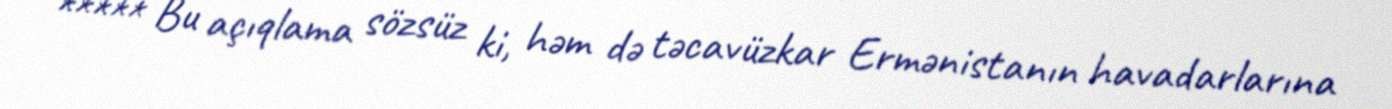
***** Bu açıqlama sözsüz ki, həm də təcavüzkar Ermənistanın havadarlarına